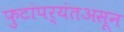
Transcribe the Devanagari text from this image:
फुटांपर्यंतअसून